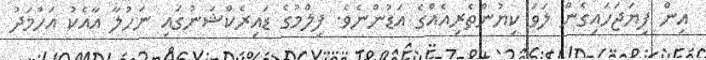
އިން ފިޔަޖަހައިގެން ލަވަ ކިޔުންތެރިއެއްގެ އަޑުންނެވެ. ފިލްމުގެ ޑައިރެކްޝަނުގައި ނަހުލާ އާއެކު އަހްމަދު